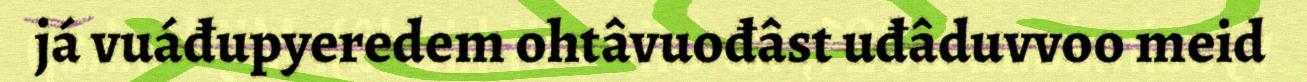
já vuáđupyeredem ohtâvuođâst uđâduvvoo meid